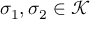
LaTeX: \sigma _ { 1 } , \sigma _ { 2 } \in { \mathcal { K } }